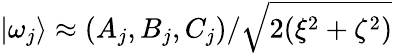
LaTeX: |\omega_{j}\rangle\approx(A_{j},B_{j},C_{j})/\sqrt{2(\xi^{2}+\zeta^{2})}